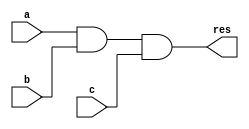
module and_3b(output wire res,input wire a, input wire b, input wire c );
    wire ab; // Intermediate wire for a and b
    and (ab, a, b); // AND gate for a and b
    and (res, ab, c); // AND gate for ab and c
endmodule